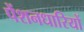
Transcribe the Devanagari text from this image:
पेंशनधारियों